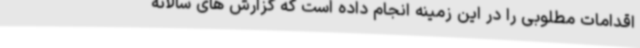
اقدامات مطلوبی را در این زمینه انجام داده است که گزارش های سالانه